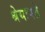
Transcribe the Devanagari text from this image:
श्रेयःपते